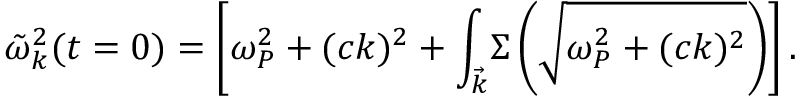
\tilde { \omega } _ { k } ^ { 2 } ( t = 0 ) = \left[ \omega _ { P } ^ { 2 } + ( c k ) ^ { 2 } + { \int _ { \vec { k } } } \Sigma \left( \sqrt { \omega _ { P } ^ { 2 } + ( c k ) ^ { 2 } } \right) \right] .